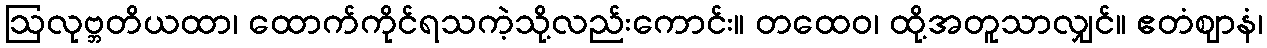
ဩလုဗ္ဘတိယထာ၊ ထောက်ကိုင်ရသကဲ့သို့လည်းကောင်း။ တထေဝ၊ ထို့အတူသာလျှင်။ ဧတံဈာနံ၊